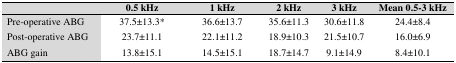
<table><thead><tr><td></td><td><b>0.5 kHz</b></td><td><b>1 kHz</b></td><td><b>2 kHz</b></td><td><b>3 kHz</b></td><td><b>Mean 0.5-3 kHz</b></td></tr></thead><tbody><tr><td>Pre-operative ABG</td><td>37.5±13.3*</td><td>36.6±13.7</td><td>35.6±11.3</td><td>30.6±11.8</td><td>24.4±8.4</td></tr><tr><td>Post-operative ABG</td><td>23.7±11.1</td><td>22.1±11.2</td><td>18.9±10.3</td><td>21.5±10.7</td><td>16.0±6.9</td></tr><tr><td>ABG gain</td><td>13.8±15.1</td><td>14.5±15.1</td><td>18.7±14.7</td><td>9.1±14.9</td><td>8.4±10.1</td></tr></tbody></table>